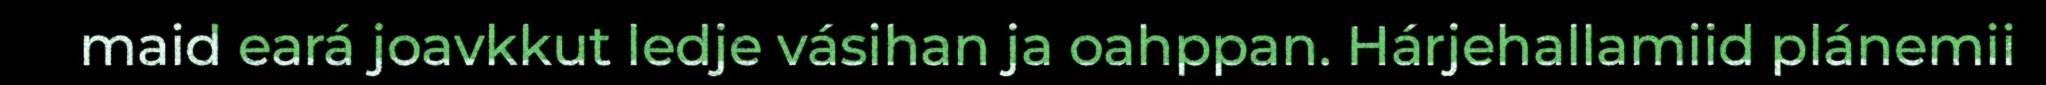
maid eará joavkkut ledje vásihan ja oahppan. Hárjehallamiid plánemii